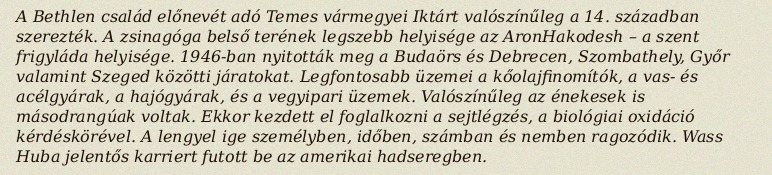
A Bethlen család előnevét adó Temes vármegyei Iktárt valószínűleg a 14. században szerezték. A zsinagóga belső terének legszebb helyisége az AronHakodesh – a szent frigyláda helyisége. 1946-ban nyitották meg a Budaörs és Debrecen, Szombathely, Győr valamint Szeged közötti járatokat. Legfontosabb üzemei a kőolajfinomítók, a vas- és acélgyárak, a hajógyárak, és a vegyipari üzemek. Valószínűleg az énekesek is másodrangúak voltak. Ekkor kezdett el foglalkozni a sejtlégzés, a biológiai oxidáció kérdéskörével. A lengyel ige személyben, időben, számban és nemben ragozódik. Wass Huba jelentős karriert futott be az amerikai hadseregben.